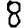
Digit: 8